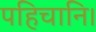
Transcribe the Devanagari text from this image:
पहिचानि।